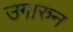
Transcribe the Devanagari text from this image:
उगारुन